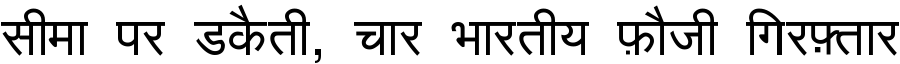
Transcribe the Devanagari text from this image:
सीमा पर डकैती, चार भारतीय फ़ौजी गिरफ़्तार